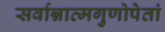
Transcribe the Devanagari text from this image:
सर्वान्नात्मगुणोपेतां